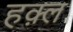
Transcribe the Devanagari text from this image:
हक़्ल